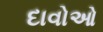
દાવોઓ